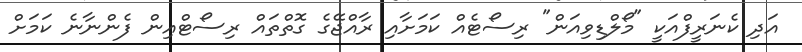
އަދި ކެނަރީފްއަކީ "މޯލްޑިވިއަން" ރިސޯޓެއް ކަމަށާއި ރާއްޖޭގެ ގޮތްތައް ރިސޯޓްއިން ފެންނާނެ ކަމަށް